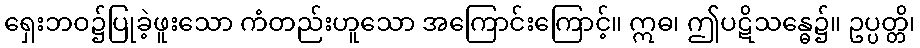
ရှေးဘဝ၌ပြုခဲ့ဖူးသော ကံတည်းဟူသော အကြောင်းကြောင့်။ ဣဓ၊ ဤပဋိသန္ဓေ၌။ ဥပ္ပတ္တိ၊